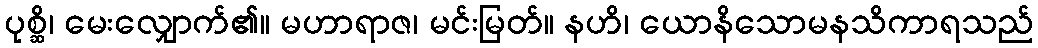
ပုစ္ဆိ၊ မေးလျှောက်၏။ မဟာရာဇ၊ မင်းမြတ်။ နဟိ၊ ယောနိသောမနသိကာရသည်